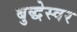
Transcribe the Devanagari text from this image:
बुद्धेस्वर